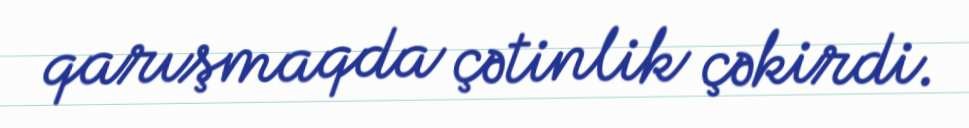
qarışmaqda çətinlik çəkirdi.